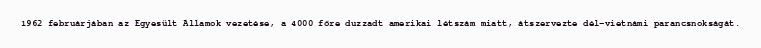
1962 februárjában az Egyesült Államok vezetése, a 4000 főre duzzadt amerikai létszám miatt, átszervezte dél-vietnámi parancsnokságát.